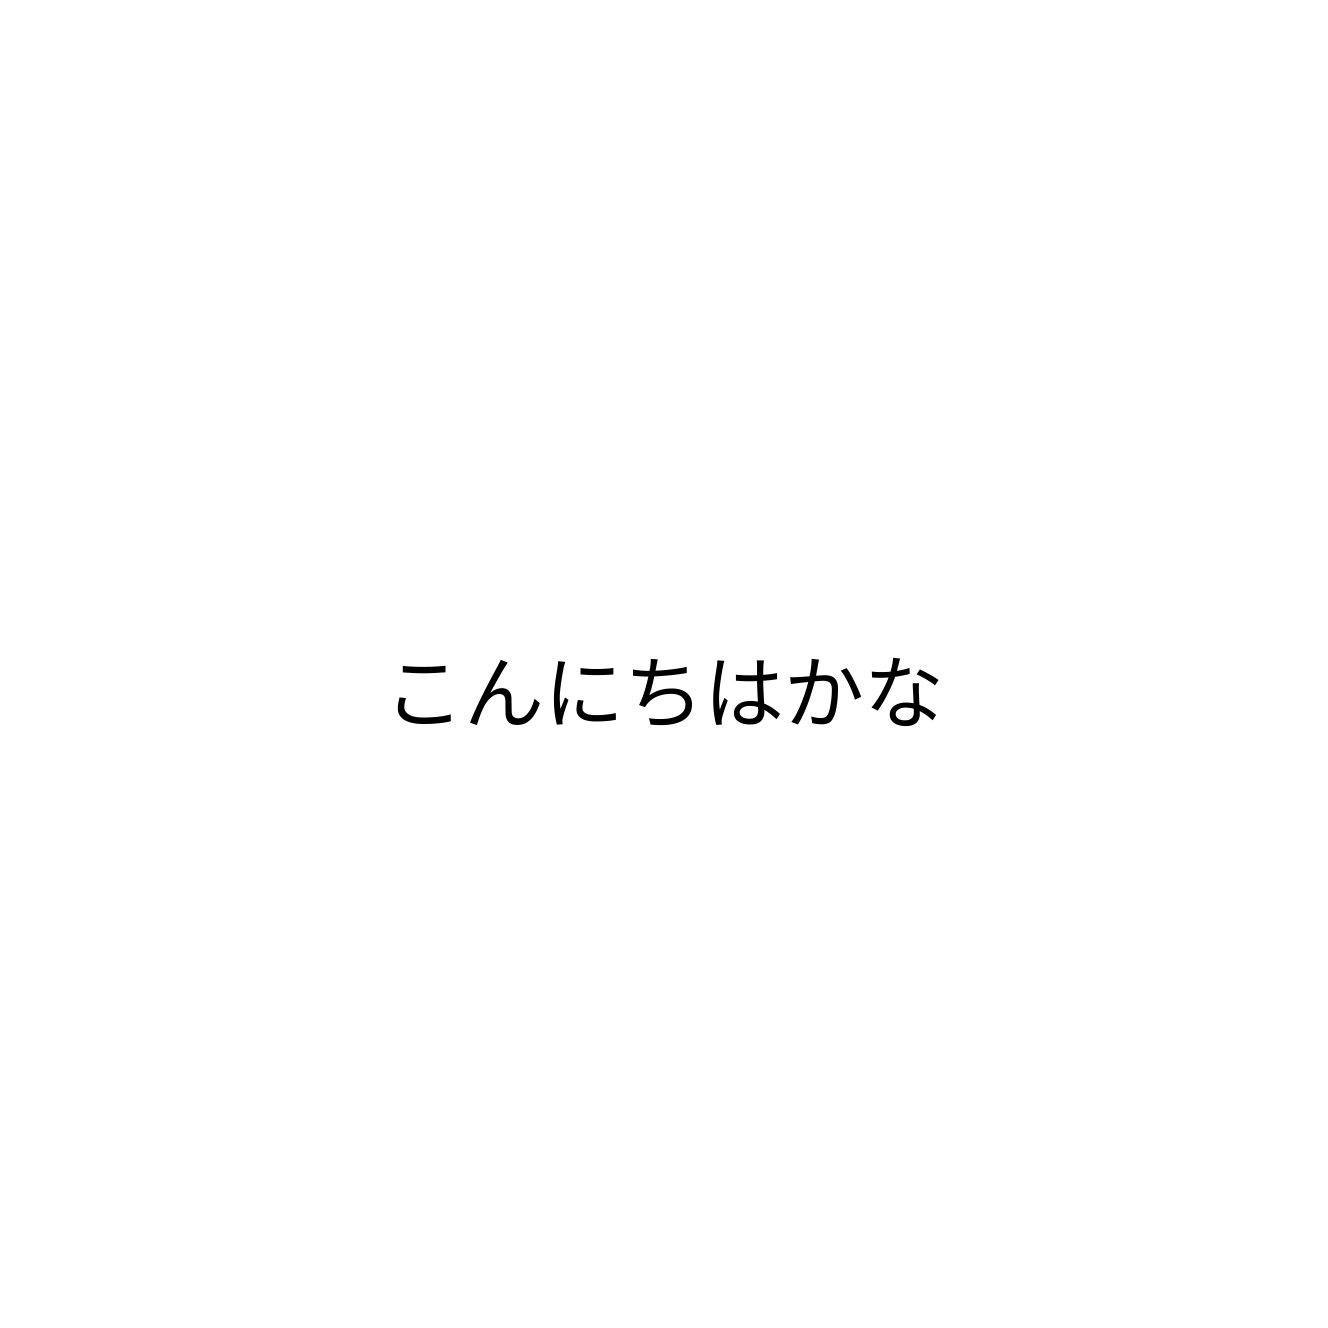
こんにちはかな